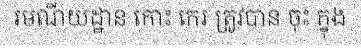
រមណីយដ្ឋាន កោះ កេរ ត្រូវបាន ចុះ ក្នុង